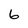
Character: 6